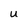
Character: U